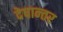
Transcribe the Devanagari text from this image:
देषान्‍तर